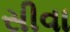
સીવા